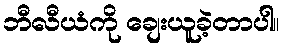
ဘီလီယံကို ချေးယူခဲ့တာပါ။